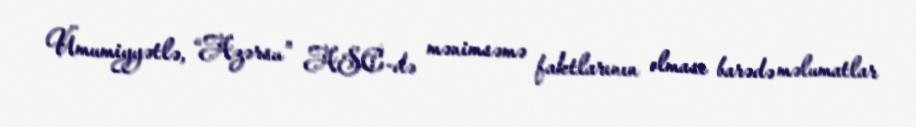
Ümumiyyətlə, “Azərsu” ASC-də mənimsəmə faktlarının olması barədə məlumatlar